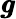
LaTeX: \pmb{g}